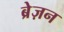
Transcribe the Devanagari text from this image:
ब्रेज़न